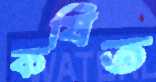
কষিত